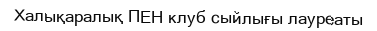
Халықаралық ПЕН клуб сыйлығы лауреаты